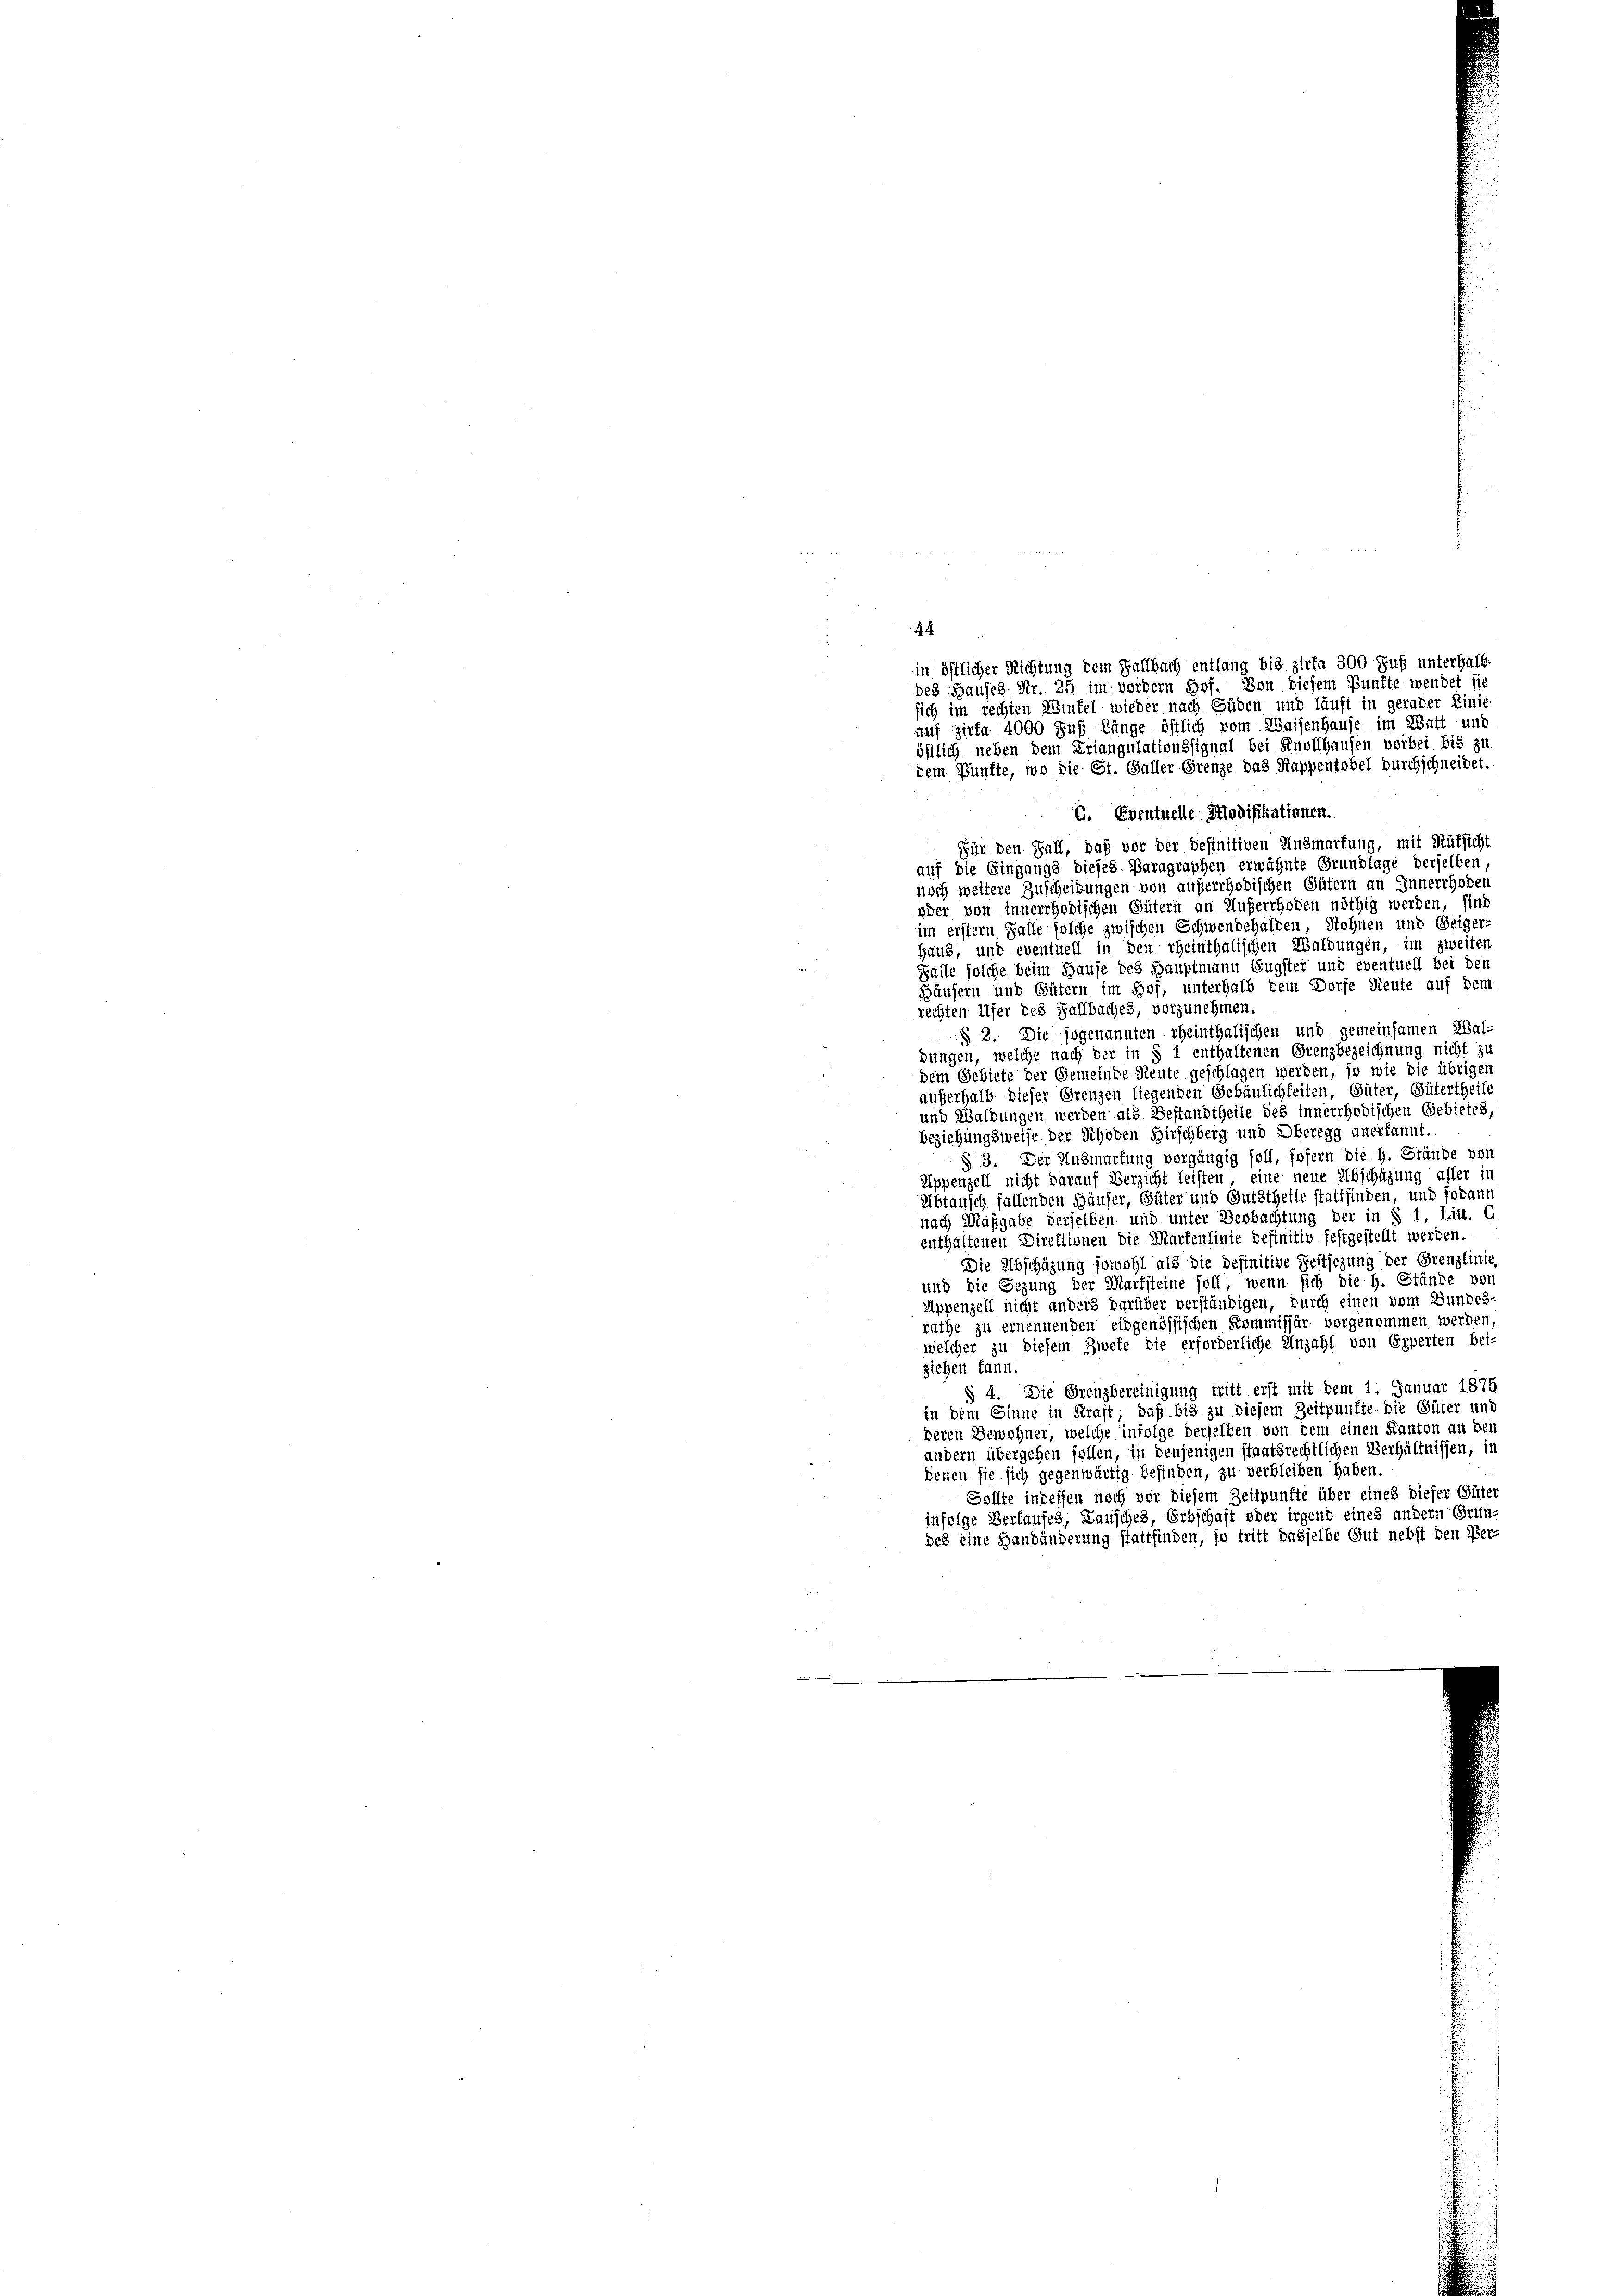
Für den Fall, daß vor der Definitiven Ausmarkung, mit Rütsicht
auf die Eingangs dieses Paragraphen erwähnte Grundlage derselben
noch weitere Zuscheibungen von auferrhodischen Gütern an Innerrhoden
oder von innerrhodischen Gütern an Außerchoden nöthig werden, sind
im erstem Falle solche zwischen Schwendehalden Rohnen und Seiger
Haus, und eventuell in den rheinthalischen Waldungen, im zweiten

Falle solche beim Hause des Hauptmann Eugstei und eventuell bei den
Häusern und Gütern im Hof, unterhalb dem Dorfe Reute auf dem
rechten Ufer des Fallbaches, vorzunehmen,
§ 2. Die sogenannten theinthalischen und gemeinsamen Wal
bungen, welche nach der in § 1 enthaltenen Grenzbezeichnung nicht zu
dem Gebiete der Gemeinde Reute geschlagen werden, so wie die übrigen
außerhalb dieser Grenzen liegenden Gebäulichkeiten, Güter, Gütertheile
und Waldungen werden als Gestandtheile des innerrhodischen Gebietes,
beziehungsweise der Schoden Hirschberg und Oberegg anerkannt.
§ 3. Der Ausmarkung vorgängig soll, sofern die H. Stände von
Appenzell nicht darauf Verzicht leisten, eine neue Abschätzung aller in
Abtausch fallenden Häuser, Güter und Gutstheile stattfinden, und sodann
nach Maßgabe derselben und unter Beobachtung der in § 1, Litt. G
enthaltenen Direktionen die Martenlinie definitiv festgestellt werden.
Die Abschazung sowohl als die definitive Festsezung der Grenzlinie
und die Gezung der Marksteine soll, wenn sich die H. Stände von
Appenzell nicht anders darüber verständigen, durch einen vom Bundes-
rathe zu ernennenden eidgenössischen Kommissär vorgenommen werden,
welcher zu diesem Zweke die erforderliche Anzahl von Experten bei-
ziehen kann.
§ 4. Die Grenzbereinigung tritt erst mit dem 1. Januar 1875
in dem Sinne in Kraft, daß bis zu diesem Zeitpunkte die Güter und
deren Bewohner, welche infolge derselben von dem einen Kanton an den
andern übergehen sollen, in denjenigen staatsrechtlichen Verhältnissen, in
denen sie sich gegenwärtig befinden, zu verbleiben haben.
Sollte indessen noch vor diesem Zeitpunkte über eines dieser Güter
infolge Verlaufes, Lausches, Erbschaft oder irgend eines andern Grundes eine Handänderung stattfinden, so tritt dasselbe Gut nebst den Ver-

44
in östlicher Richtung dem Fallbach entlang bis zirka 300 Fuß unterhalb
des Hauses Nr. 25 im werdern Hof. Von diesem Punkte wendet sie
sich im rechten Wintel wieder nach Süden und läuft in gerader Linie
auf Zirka 4000 Fuß Länge östlich vom Waisenhause im Watt und
östlich neben dem Eriangulationssignal bei Knollhausen vorbei bis zu
dem Punkte, wo die St. Galler Grenze das Kappentobel durchschneidet,
C. Eventuelle Modifikationen.